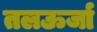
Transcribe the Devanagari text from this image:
तलऊर्जा